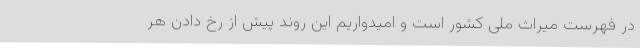
در فهرست میراث ملی کشور است و امیدواریم این روند پیش از رخ دادن هر